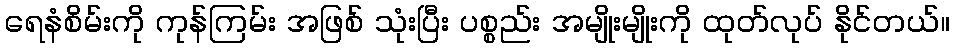
ရေနံစိမ်းကို ကုန်ကြမ်း အဖြစ် သုံးပြီး ပစ္စည်း အမျိုးမျိုးကို ထုတ်လုပ် နိုင်တယ်။